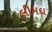
લીમદા